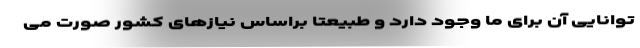
توانایی آن برای ما وجود دارد و طبیعتا براساس نیازهای کشور صورت می